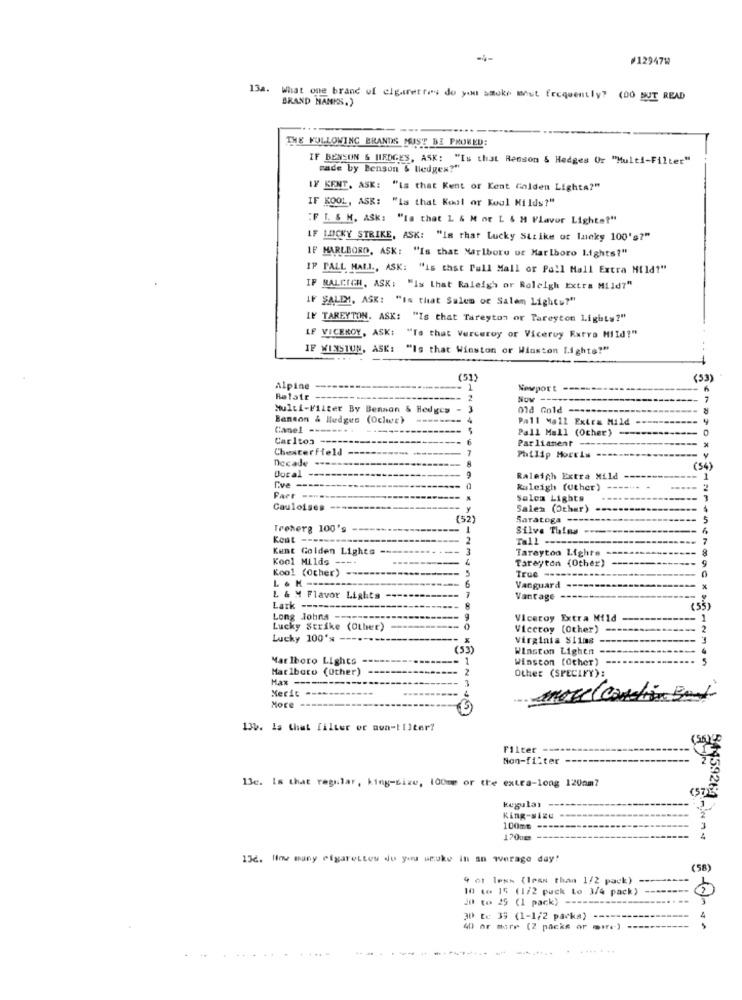
-4-
#12947W
13a. What one brand of cigarettes do you smoke mout frequently? (00 BUT READ
BRAND HANKS.
THE FOLLOWING BRANDS MUST BE PROKED:
IF BENSON & HEDGES, ASK: "Is that Renson & Hedges Ur "Multi-Filter"
made by Benson & lledges?"
IY KENT, ASK: "is that Kent or Kent Golden Lights?"
IF KOOL, ASK: "Is that Kool or Koul Milds?"
:F [. S M. ASK: "la that L & M or L & M Flavor Lights?"
IF LUCKY STRIKE, ASK: "Is that Lucky Strike of Incky 100's?"
IF MARLBORO, ASK: "Is that Marlboro ur Marlboro Lights?"
IP FALL HALL ., ASK: "is that Pall Mall or Pall Mall Extra Mild?"
IF RALEIGH. ASK: "Is that Raleigh or Rolelgh Extra Mild?"
IF SALEM. ASK: "In that Salem of Salem Lightu?"
IN TAREYTON. ASK: "Is that Tareyton or Tareyton Lights?"
LF VICEROY, ASK: "Ta that Verceroy or Viceroy Extra Mild?"
IF WINSTUN, ASK: "Is that Winston or Winston lighta?"
(51)
(53)
Alpine
Newport
Relate
Now
-----
-- 7
Multi-Filter By Benson & Hedges
old Gold
Benson & Hedges (Ocher)
Pall Mall Extra Mild
Canel -----...
Pall Mall (Other) --
Carlton -------
--
Parliament -
Chesterfield
7
Decade -------
Philip Morris ----
(54)
Docal ---------
9
Raleigh Extra Mild
1
Raleigh (Uther)
. .
-----
Part -------
Sales Lights
Gauloises
Y
Salen (Other) ---
(52)
Saratoga --------
Treherg 100's
1
Silve Thles ----
Kent
Tall --
Kunt Golden Lights --
3
Taraytoo Lights -
Kool Milds
Tarayton (Other)
Kool (Ocher)
5
True ---
6
Vanguard --------
L & M Flavor Lights
Vantage
---
Lark -
Long Johna
Viceroy Extra Mild
Lucky Strike (Other)
Vicctoy (Other) ===
Lucky 100's ---
Virginia SI1ms
-
(53)
Winston Lightn -
Marlboro Lights
- 1
Winston (other)
---
Marlboro (Other)
2
Other (SPECIFY):
Hax --------....
Meric
------
-----
More
15
130. Is that filter or non -! []ter?
Filter
Non-filter --
13c. Is that regular, king-size, 100me or the extra-long 120om?
kegulas
54459264
King-size --
100= ======
170cm
13c. Hinw many cigarettes do you weuke in an werage day!
(58)
9 ot less (less than 1/2 pack)
10 4e 15 (1/2 pack Lo 3/4 pack)
20 to 25 (1 pack) ==========
30 De 3; (1-1/2 packs)
40 or more (2 packs or mire) ------